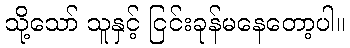
သို့သော် သူနှင့် ငြင်းခုန်မနေတော့ပါ။